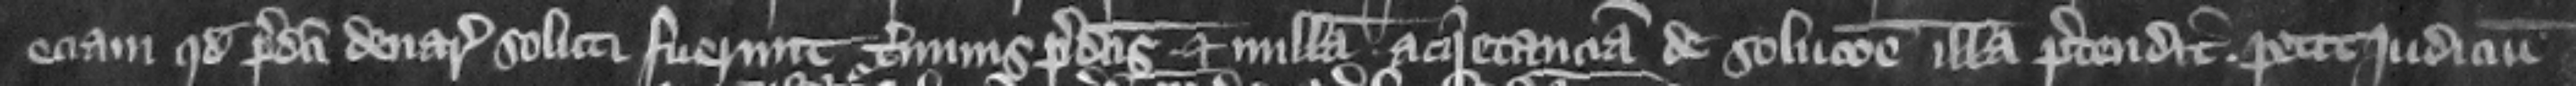
eciam quod predicti denari soluti fuerunt terminis predictis et nullam acquietanciam de solucione illa pretendit petit judicium